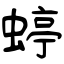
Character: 蝏